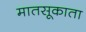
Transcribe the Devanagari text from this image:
मातसूकाता